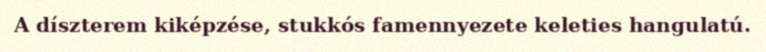
A díszterem kiképzése, stukkós famennyezete keleties hangulatú.